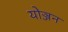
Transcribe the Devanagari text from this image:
योञ्जन